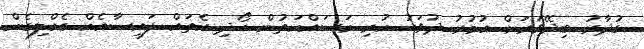
ގުދާރު ބިދޭވަރަށް އުމުރު ދުވަހު ކުރި މަސައްކަތުން ހޯދި އެތައް ފައިސާއެއް ގެއްލިގެން